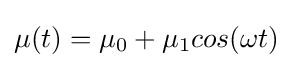
\mu (t)=\mu _{0}+\mu _{1}cos(\omega t)